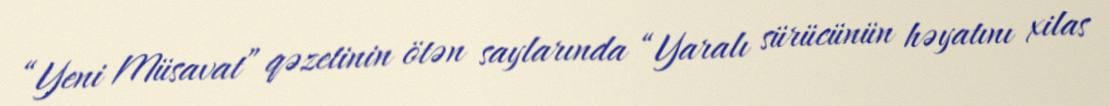
“Yeni Müsavat” qəzetinin ötən saylarında “Yaralı sürücünün həyatını xilas